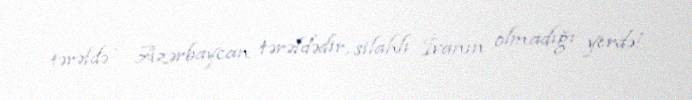
tərəfdə - Azərbaycan tərəfdədir, silahlı İvanın olmadığı yerdə!..